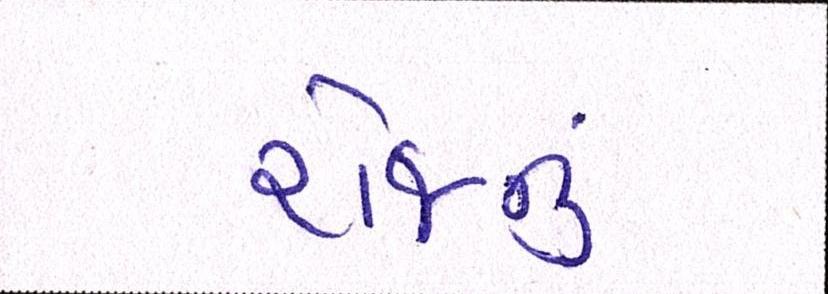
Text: રોજનું